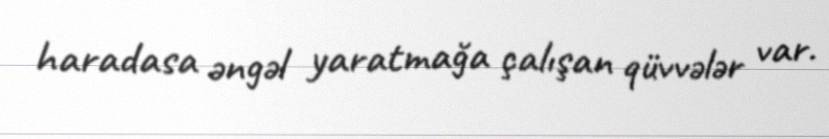
haradasa əngəl yaratmağa çalışan qüvvələr var.